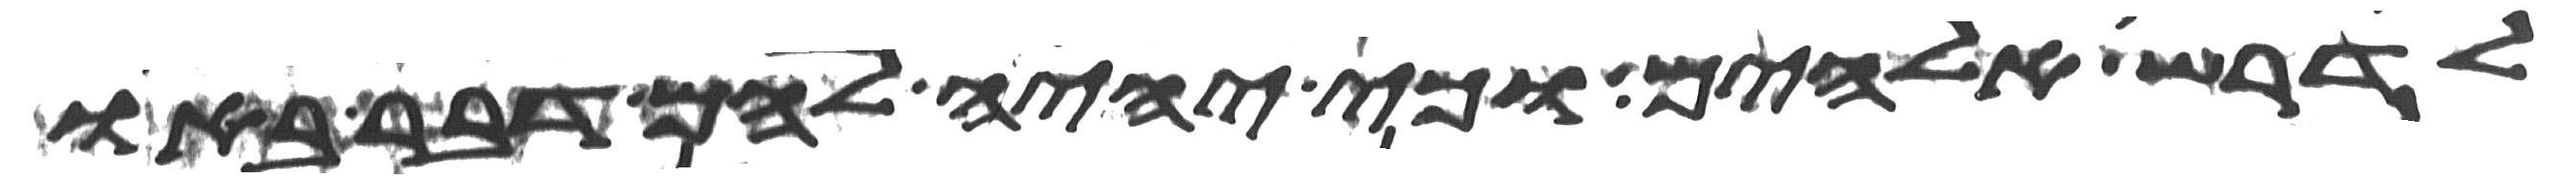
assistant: לדרש אלהים כי יהיה להם דבר בא